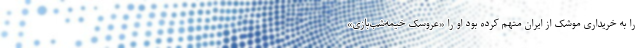
را به خریداری موشک از ایران متهم کرده بود او را «عروسک خیمه‌شب‌بازی»